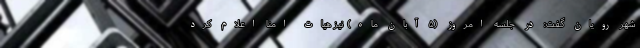
شهر رویان گفت: در جلسه امروز (۵ آبان ماه) نیز هیات امنا اعلام کرد